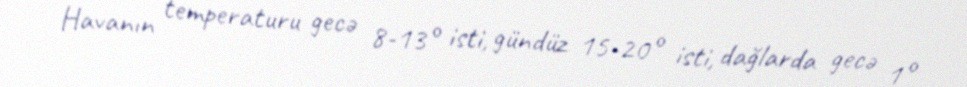
Havanın temperaturu gecə 8-13° isti, gündüz 15-20° isti, dağlarda gecə 1°